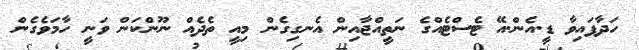
ހަދާފައިވާ ޑީ.އެން.އޭ ޓެސްޓެއްގެ ނަތީއްޖާއިން އެނގިގެން މިއީ ތެދެއް ނޫންކަން ވަނީ ހާމަވެގެން